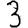
Digit: 3